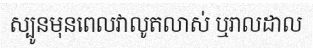
ស្បូនមុនពេលវាលូតលាស់ ឬរាលដាល